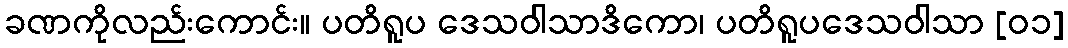
ခဏကိုလည်းကောင်း။ ပတိရူပ ဒေသဝါသာဒိကော၊ ပတိရူပဒေသဝါသာ [၀၁]